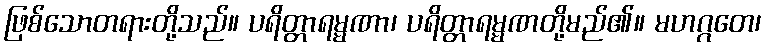
ဖြစ်သောတရားတို့သည်။ ပရိတ္တာရမ္မဏာ၊ ပရိတ္တာရမ္မဏတို့မည်၏။ မဟဂ္ဂတေ၊